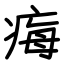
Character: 痗